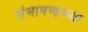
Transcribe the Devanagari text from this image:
संभाषणाच्या